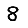
Digit: 8